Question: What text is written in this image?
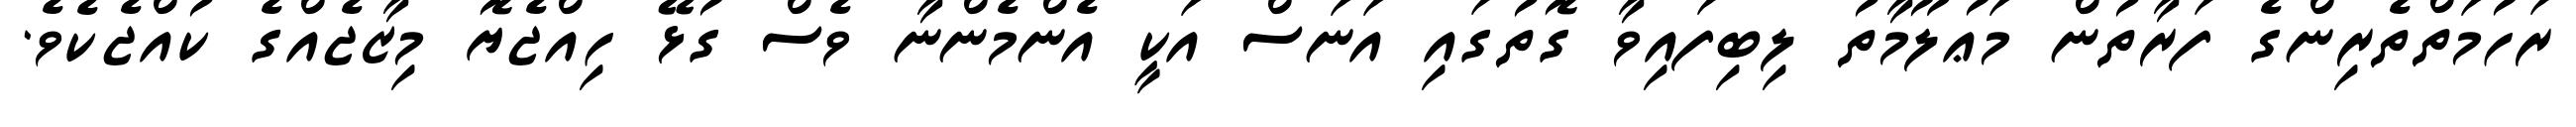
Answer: ރަހުމަތްތެރިންގެ ފަރާތުން މަޢުލޫމާތު ލިބިފައިވާ ގޮތުގައި އަނަސް އަކީ އެންމެންނާ ވެސް ގުޅޭ ހިއްޖެޔޮ މިޒާޖެއްގެ ކުއްޖެކެވެ.